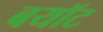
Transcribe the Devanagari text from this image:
बयॉट